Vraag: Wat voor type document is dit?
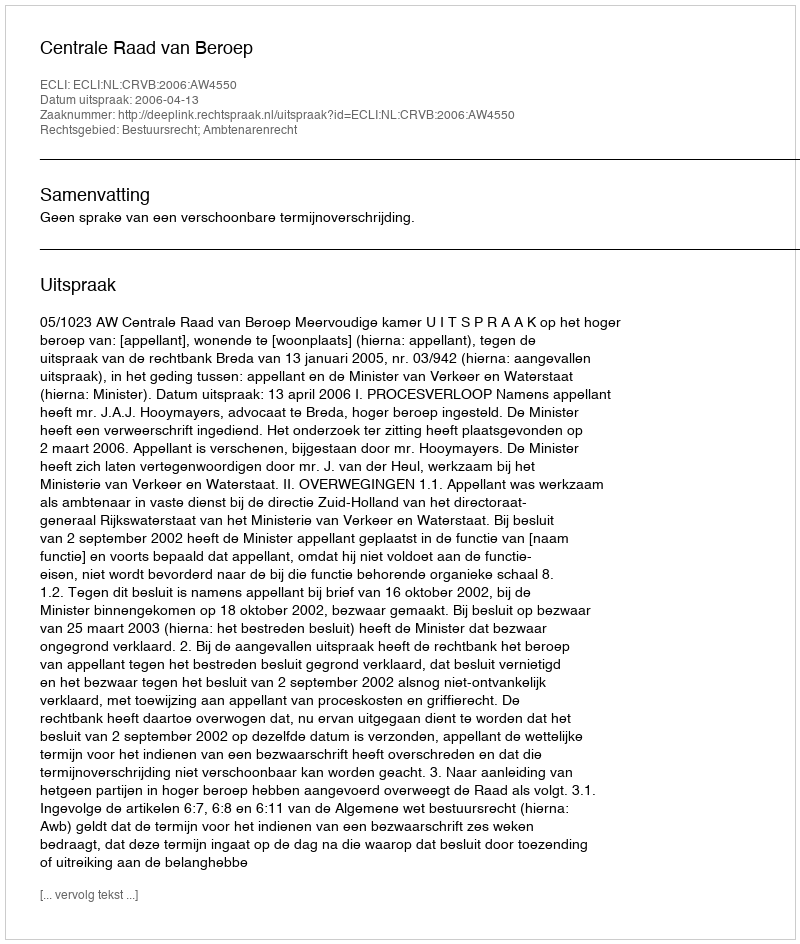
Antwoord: Uitspraak